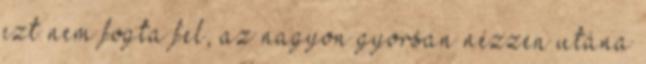
ezt nem fogta fel, az nagyon gyorsan nézzen utána